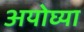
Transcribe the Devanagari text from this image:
अयोघ्या